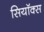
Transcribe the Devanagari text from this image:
सियॉक्स